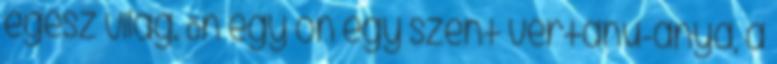
egész világ. Ön egy ön egy szent vértanú-anya, a